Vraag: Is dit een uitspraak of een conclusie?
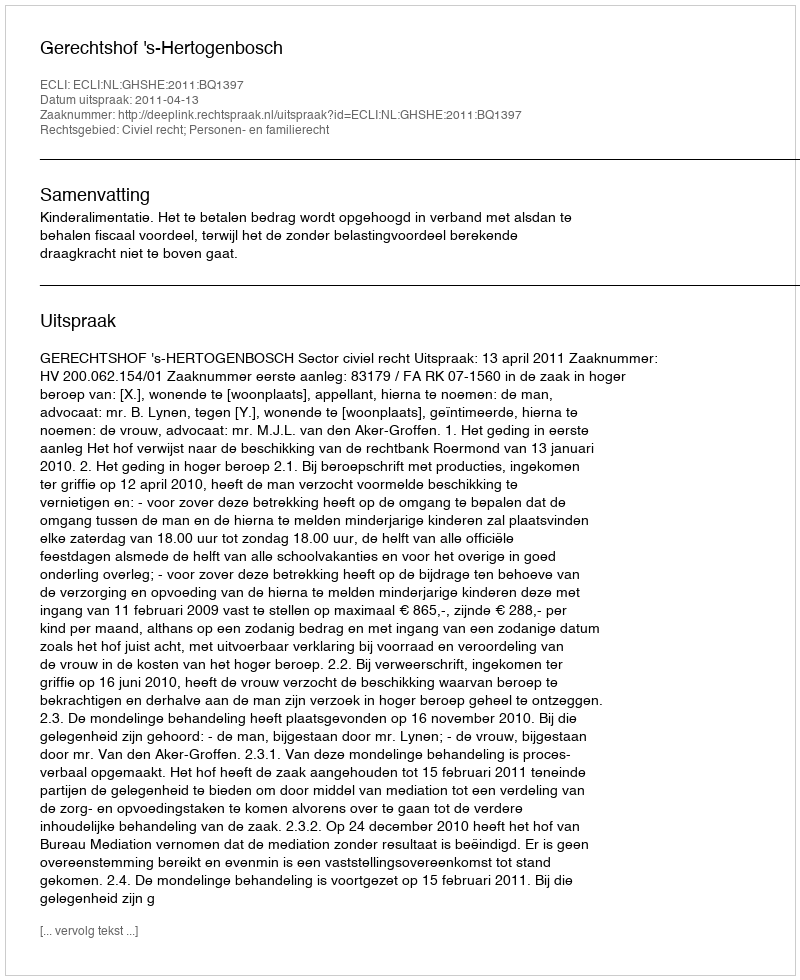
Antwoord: Uitspraak